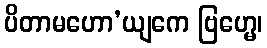
ပိတာမဟော’ယျကေ ဗြဟ္မေ၊